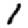
Digit: 1